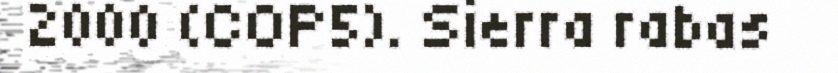
2000 (COP5). Sierra rabas